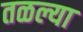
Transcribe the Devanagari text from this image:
तळल्या